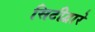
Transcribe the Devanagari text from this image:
सिटीद्वारे